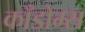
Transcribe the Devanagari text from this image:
काँडोम्स